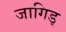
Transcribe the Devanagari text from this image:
जागिड्